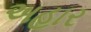
અહાર